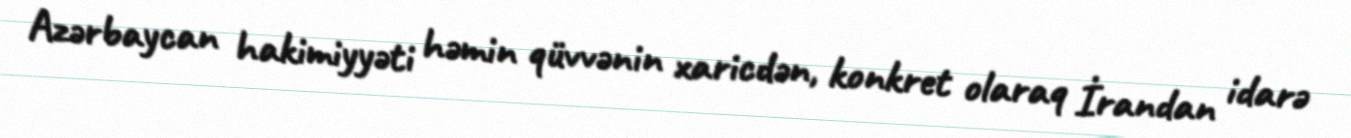
Azərbaycan hakimiyyəti həmin qüvvənin xaricdən, konkret olaraq İrandan idarə